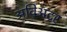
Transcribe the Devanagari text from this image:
अविअटर